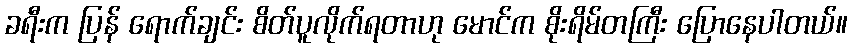
ခရီးက ပြန် ရောက်ချင်း စိတ်ပူလိုက်ရတာဟု မောင်က စိုးရိမ်တကြီး ပြောနေပါတယ်။